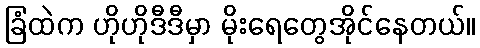
ခြံထဲက ဟိုဟိုဒီဒီမှာ မိုးရေတွေအိုင်နေတယ်။